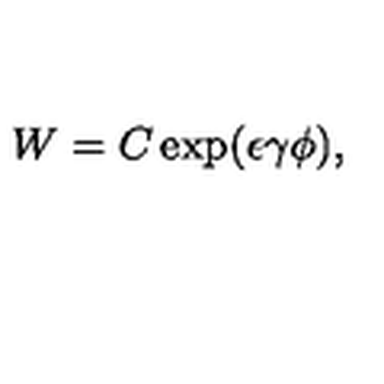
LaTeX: W = C \exp ( \epsilon \gamma \phi ) ,